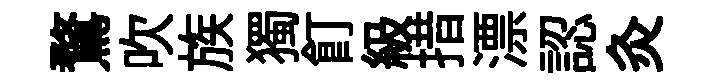
鶩吹族獨飣級措漂認灸